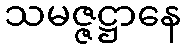
သမဇ္ဇဋ္ဌာနေ